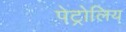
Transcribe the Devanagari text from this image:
पेट्रोलिय